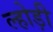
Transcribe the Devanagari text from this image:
ल्होड़ी